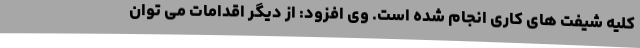
کلیه شیفت های کاری انجام شده است. وی افزود: از دیگر اقدامات می توان